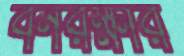
বনরক্ষীর